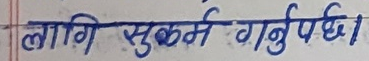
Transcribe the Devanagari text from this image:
लागि सुकर्म गर्नुपर्छ।